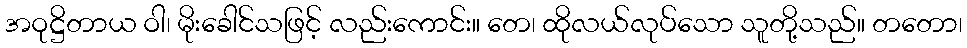
အဝုဋ္ဌိတာယ ဝါ၊ မိုးခေါင်သဖြင့် လည်းကောင်း။ တေ၊ ထိုလယ်လုပ်သော သူတို့သည်။ တတော၊